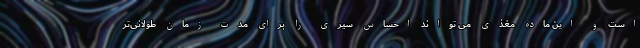
است و این ماده مغذی می تواند احساس سیری را برای مدت زمان طولانی‌تر